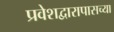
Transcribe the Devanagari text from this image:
प्रवेशद्वारापासच्या